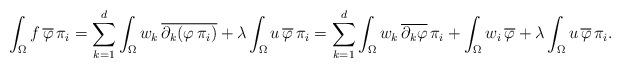
LaTeX: \begin{align*}\int_\Omega f \, \overline \varphi \, \pi_i= \sum_{k=1}^d \int_\Omega w_k \, \overline{\partial_k (\varphi \, \pi_i)} + \lambda \int_\Omega u \, \overline \varphi \, \pi_i= \sum_{k=1}^d \int_\Omega w_k \, \overline{\partial_k \varphi} \, \pi_i + \int_\Omega w_i \, \overline \varphi + \lambda \int_\Omega u \, \overline \varphi \, \pi_i. \end{align*}